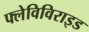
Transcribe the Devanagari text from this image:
फ्लेविविराइड